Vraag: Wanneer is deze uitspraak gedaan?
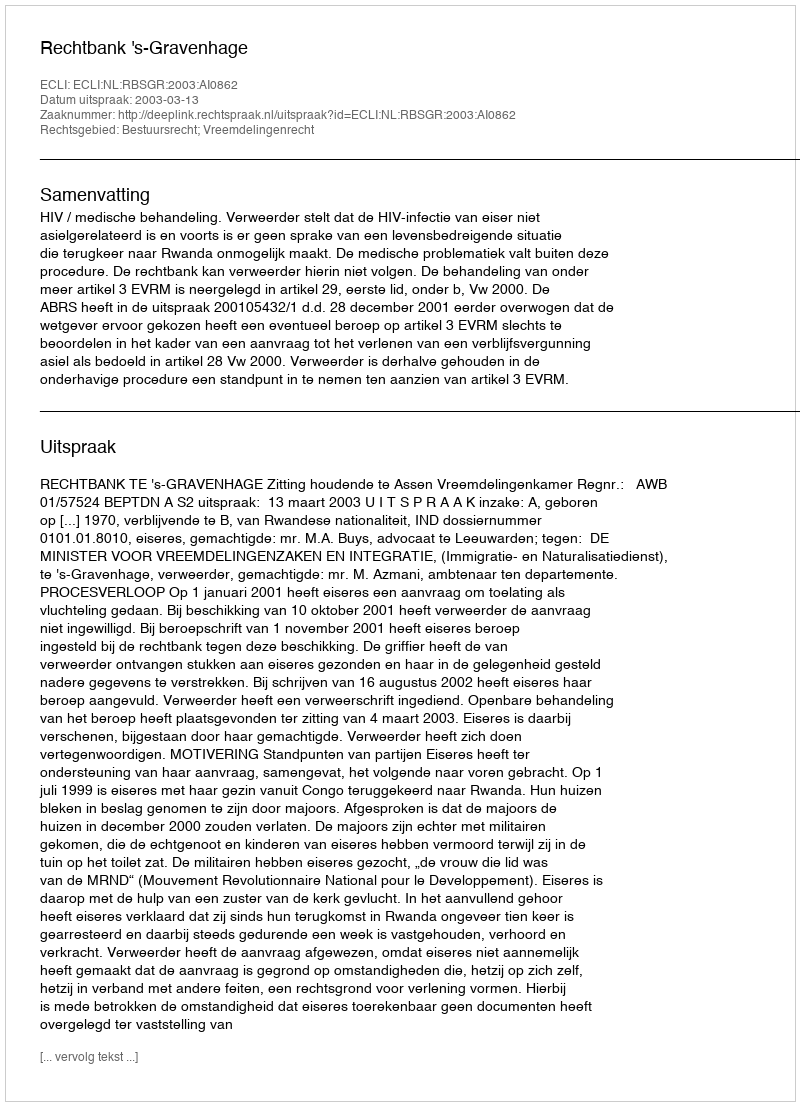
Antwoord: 2003-03-13